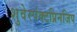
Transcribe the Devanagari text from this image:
शुवेरपंक्टप्रिनजिप